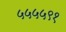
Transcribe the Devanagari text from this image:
५५५५९१